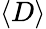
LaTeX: \left\langle D\right\rangle